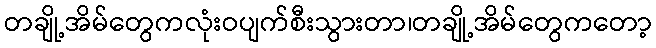
တချို့အိမ်တွေကလုံးဝပျက်စီးသွားတာ၊တချို့အိမ်တွေကတော့